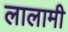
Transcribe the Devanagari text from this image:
लालामी